Indian Medical Review
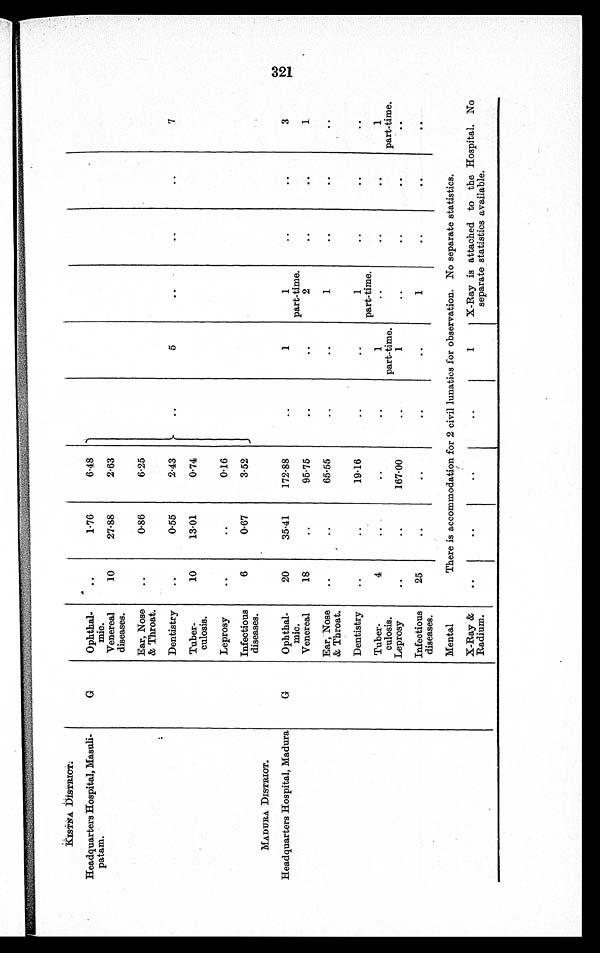
KISTNA.DISTRICT.
Headquarters Hospital, Masuli-
patam.
G
Ophthal-
mic.
..
1·76
6·48
Venereal
diseases.
10
27·88
2·63
Ear, Nose
& Throat.
..
0·86
6·25
Dentistry
..
0·55
2·43
..
5
..
..
..
7
Tuber-
culosis.
10
13.01
0.74
Leprosy
..
..
0·16
Infectious
diseases.
6
0·67
3·52
MADURA DISTRICT.
Headquarters Hospital, Madura
G
Ophthal-
mic.
20
35·41
172·88
..
1
1
part-time.
..
..
3
Venereal
18
..
95·75
..
..
2
..
..
1
Ear, Nose
& Throat.
..
..
65·55
..
..
1
..
. .
. .
Dentistry
..
..
19·16
..
..
1
part-time.
..
..
. .
Tuber-
culosis.
4
..
..
..
1
part-time.
..
..
..
1
part-time.
Leprosy
..
..
167.00
..
1
..
..
..
. .
Infectious
diseases.
25
..
..
..
..
1
..
. .
. .
Mental
There is accommodation for 2 civil lunatics for observation. No separate statistics.
X-Ray &
Radium.
..
..
..
..
1
X-Ray is attached to the Hospital. No
separate statistics available.
321